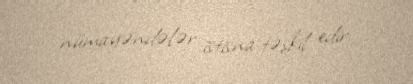
nümayəndələr istisna təşkil edir.